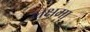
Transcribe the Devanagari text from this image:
लक्षमा